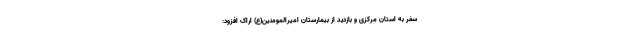
سفر به استان مرکزی و بازدید از بیمارستان امیرالمومنین(ع) اراک افزود: